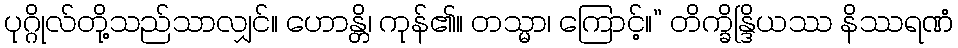
ပုဂ္ဂိုလ်တို့သည်သာလျှင်။ ဟောန္တိ၊ ကုန်၏။ တသ္မာ၊ ကြောင့်။” တိက္ခိန္ဒြိယဿ နိဿရဏံ